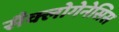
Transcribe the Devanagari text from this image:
सैक्लोगेनेसिस